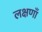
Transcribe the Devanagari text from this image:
लक्षणाँ